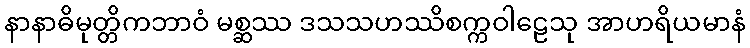
နာနာဓိမုတ္တိကဘာဝံ မစ္ဆဿ ဒသသဟဿိစက္ကဝါဠေသု အာဟရိယမာနံ